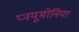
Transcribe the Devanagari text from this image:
प्नयूमोनिया